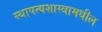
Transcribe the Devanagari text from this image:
स्थापत्यशास्त्रामधील